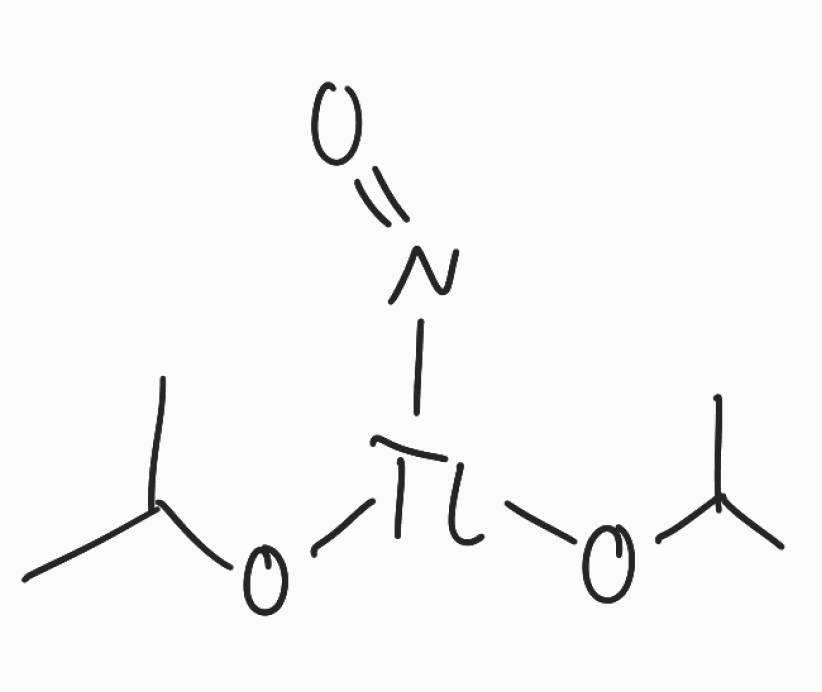
Simplified molecular-input line-entry system (SMILES) notation of the given molecule:
CC(C)O[Tl](N=O)OC(C)C